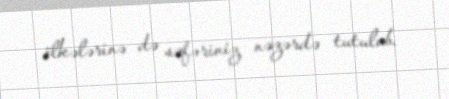
ölkələrinə də səfəriniz nəzərdə tutulub.